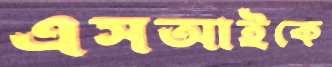
এসআইকে